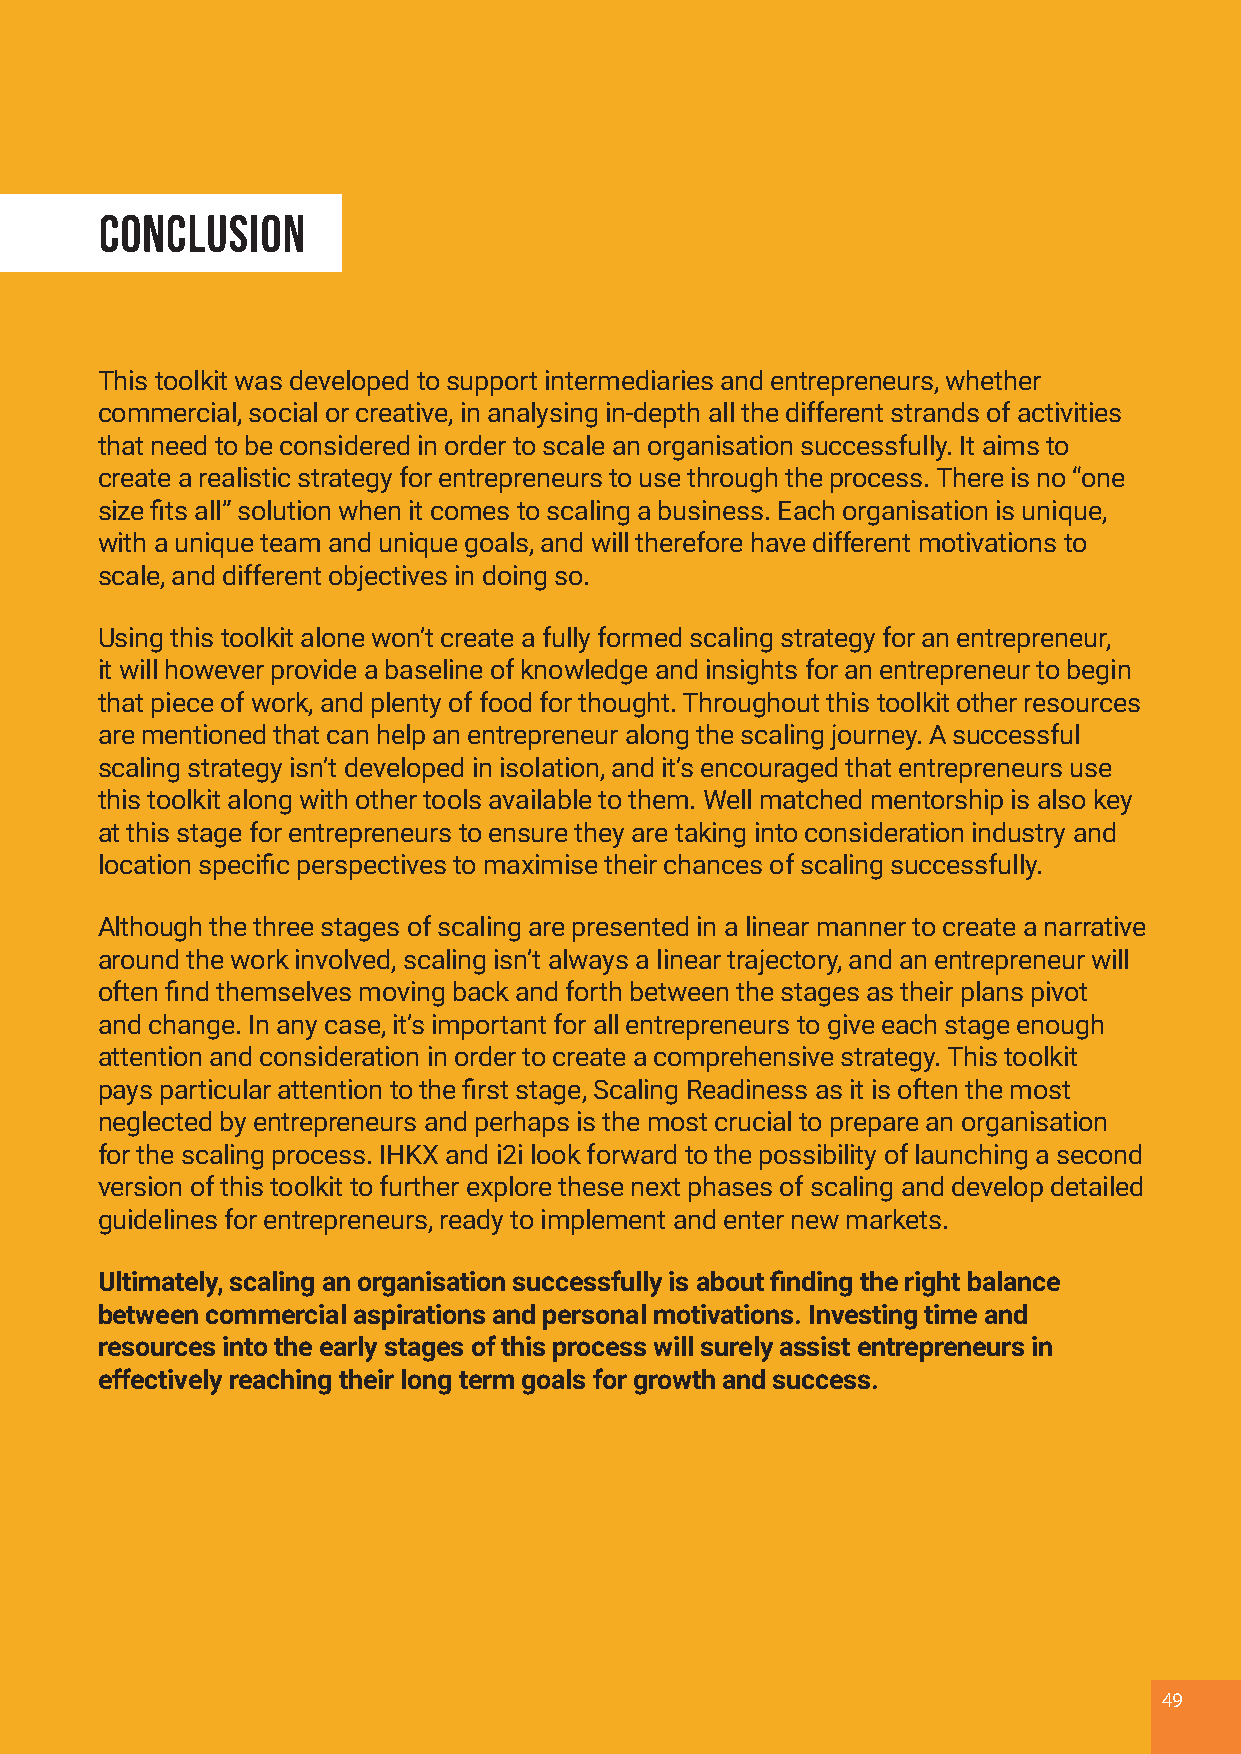
Conclusion
 This toolkit was developed to support intermediaries and entrepreneurs, whether
 commercial, social or creative, in analysing in-depth all the different strands of activities
 that need to be considered in order to scale an organisation successfully. It aims to
 create a realistic strategy for entrepreneurs to use through the process. There is no “one
 size fits all” solution when it comes to scaling a business. Each organisation is unique,
 with a unique team and unique goals, and will therefore have different motivations to
 scale, and different objectives in doing so.
 Using this toolkit alone won’t create a fully formed scaling strategy for an entrepreneur,
 it will however provide a baseline of knowledge and insights for an entrepreneur to begin
 that piece of work, and plenty of food for thought. Throughout this toolkit other resources
 are mentioned that can help an entrepreneur along the scaling journey. A successful
 scaling strategy isn’t developed in isolation, and it’s encouraged that entrepreneurs use
 this toolkit along with other tools available to them. Well matched mentorship is also key
 at this stage for entrepreneurs to ensure they are taking into consideration industry and
 location specific perspectives to maximise their chances of scaling successfully.
 Although the three stages of scaling are presented in a linear manner to create a narrative
 around the work involved, scaling isn’t always a linear trajectory, and an entrepreneur will
 often find themselves moving back and forth between the stages as their plans pivot
 and change. In any case, it’s important for all entrepreneurs to give each stage enough
 attention and consideration in order to create a comprehensive strategy. This toolkit
 pays particular attention to the first stage, Scaling Readiness as it is often the most
 neglected by entrepreneurs and perhaps is the most crucial to prepare an organisation
 for the scaling process. IHKX and i2i look forward to the possibility of launching a second
 version of this toolkit to further explore these next phases of scaling and develop detailed
 guidelines for entrepreneurs, ready to implement and enter new markets.
 Ultimately, scaling an organisation successfully is about finding the right balance
 between commercial aspirations and personal motivations. Investing time and
 resources into the early stages of this process will surely assist entrepreneurs in
 effectively reaching their long term goals for growth and success.
 49